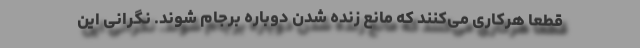
قطعا هرکاری می‌کنند که مانع زنده شدن دوباره برجام شوند. نگرانی این